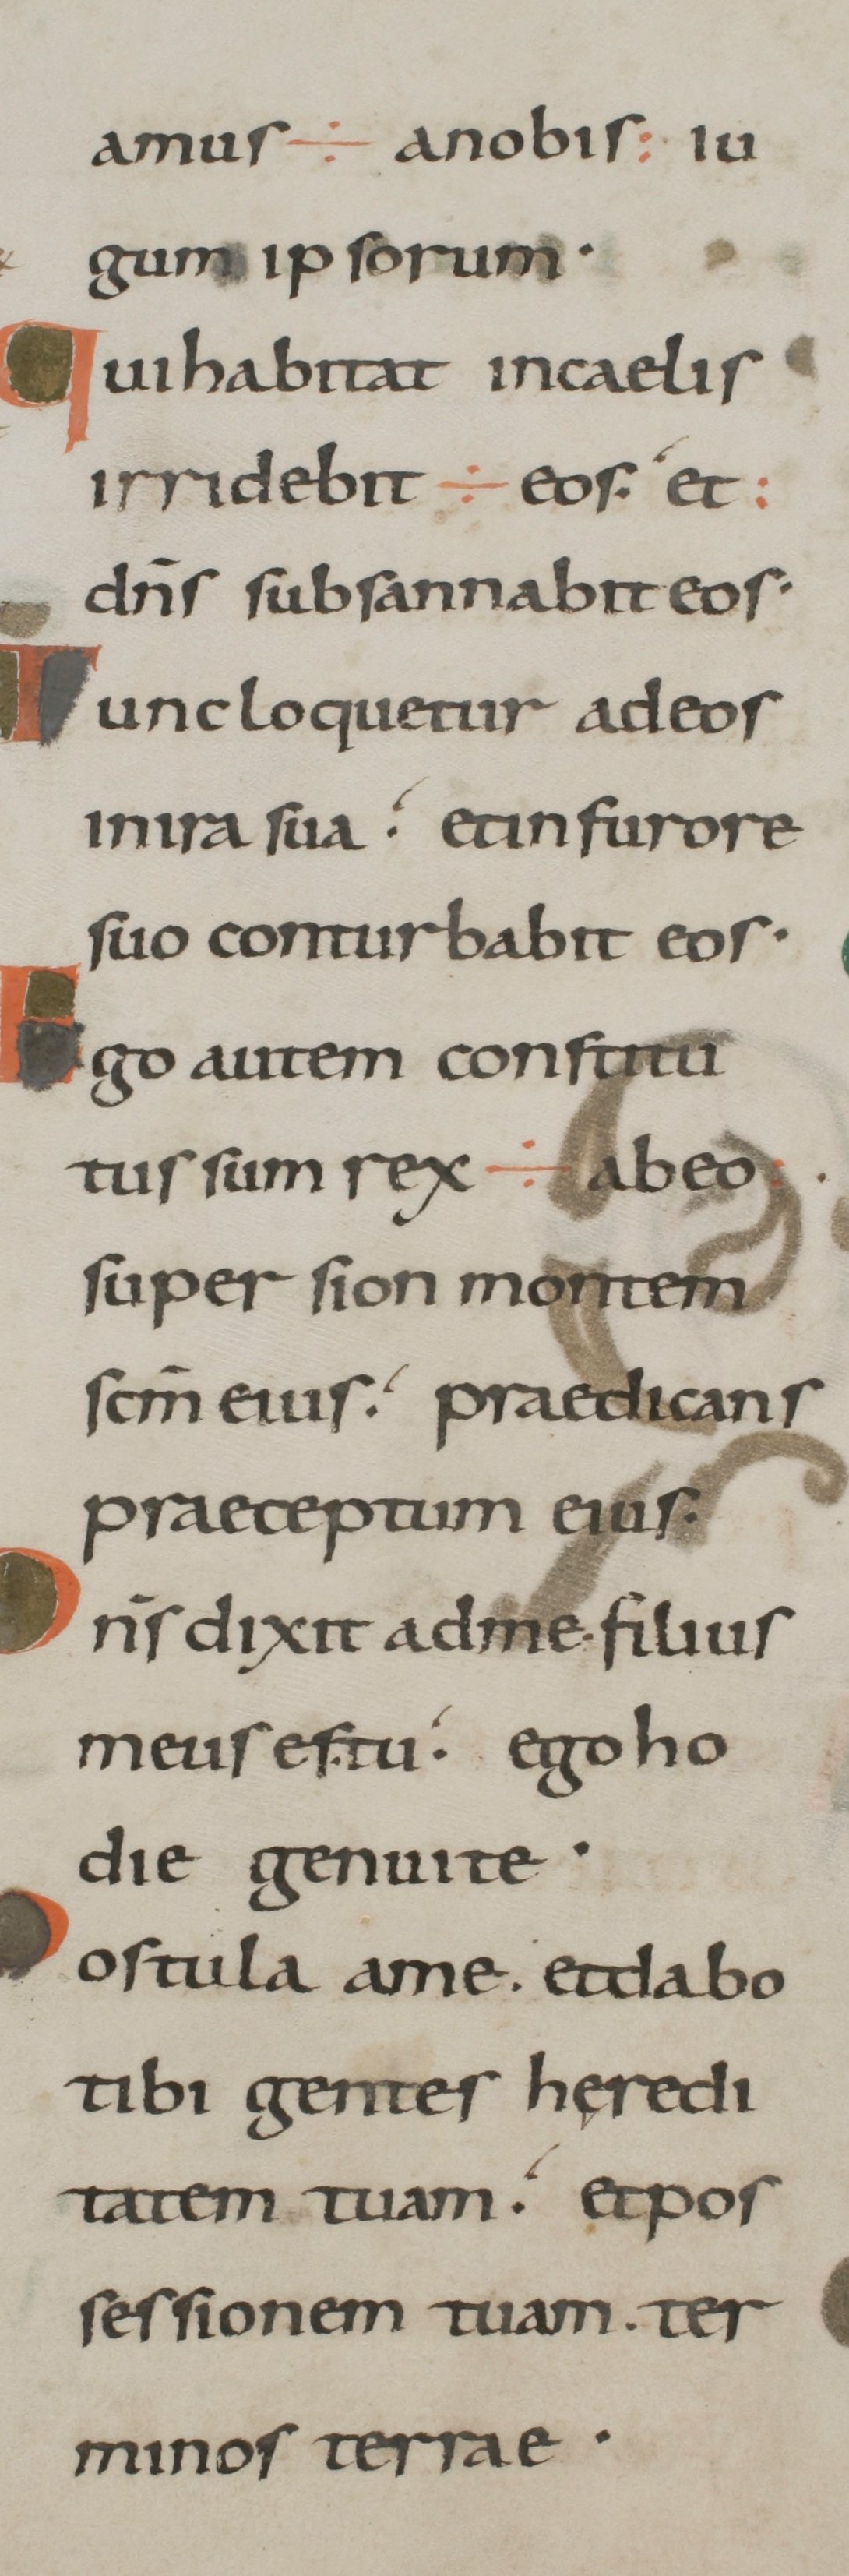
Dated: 800–899